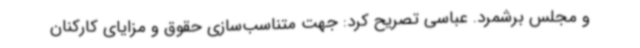
و مجلس برشمرد. عباسی تصریح کرد: جهت متناسب‌سازی حقوق و مزایای کارکنان